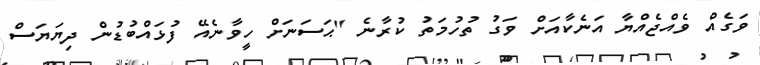
ވަގެއް ވެއްޖެއްޔާ އަނެކާއަށް ވަގު ތުހުމަތު ކުރާނެ "ޙަސަނަށް ހީވާނެއޭ ފުޅައްބުޑުން ދިޔަޔަސް